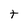
Character: t